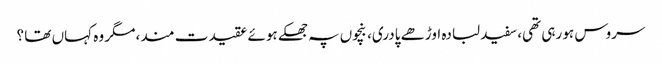
سروس ہو رہی تھی، سفید لبادہ اوڑھے پادری، بنچوں پہ جھکے ہوئے عقیدت مند، مگر وہ کہاں تھا ؟